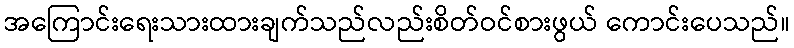
အကြောင်းရေးသားထားချက်သည်လည်းစိတ်ဝင်စားဖွယ် ကောင်းပေသည်။